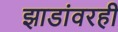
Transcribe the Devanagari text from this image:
झाडांवरही